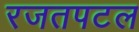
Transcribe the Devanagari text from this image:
रजतपटल